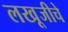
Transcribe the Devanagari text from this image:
लखूजीचे